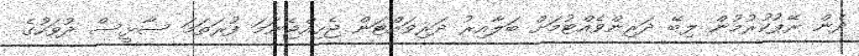
ދެން ރޭޕުކުރުމުން ލިބޭ ދަރިންވެއްޓުމަށް ބަލާއިރު ދަރިވައްޓަން ޖެހިއްޖެނަމަ ފުރަތަމަ ސާޅީސް ދުވަހުގެ